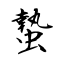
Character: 蟄